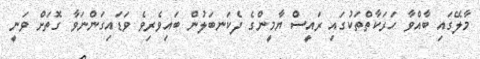
މާލޭގައި ބާއްވާ ހަރަކާތްތަކުގައި ރައީސް ޔާމީންގެ ދެކަނބަލުން ބައިވެރިވެ ވަޑައިގަންނަވާ ގޮތަށް ވަނީ